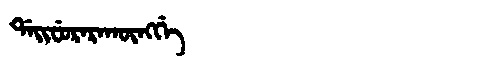
Manchu: ᡩᠠᡳᠸᡠᡵᠠᡵᠠᡴᡡᠩᡤᡝ
Romanization: DAIFURARAKŪNGGE